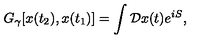
G _ { \gamma } [ x ( t _ { 2 } ) , x ( t _ { 1 } ) ] = \int { \cal D } x ( t ) e ^ { i S } ,